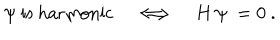
LaTeX: \psi \ \mathrm { i s \ h a r m o n i c } \quad \Longleftrightarrow \quad H \, \psi \ = 0 \ .